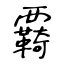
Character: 覉